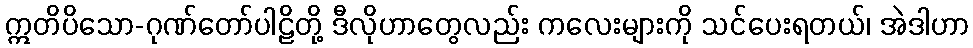
ဣတိပိသော-ဂုဏ်တော်ပါဠိတို့ ဒီလိုဟာတွေလည်း ကလေးများကို သင်ပေးရတယ်၊ အဲဒါဟာ